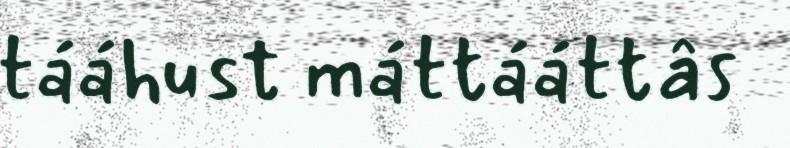
tááhust máttááttâs